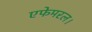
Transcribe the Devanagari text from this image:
एफेमरल।